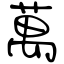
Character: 萬